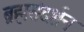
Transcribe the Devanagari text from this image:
ब्रह्मसंदर्शन